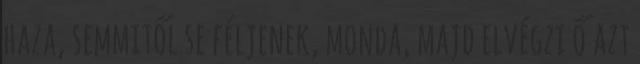
haza, semmitől se féljenek, monda, majd elvégzi ő azt